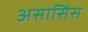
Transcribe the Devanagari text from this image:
असासिंस